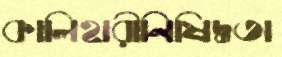
কালিহারীনিষিদ্ধতা